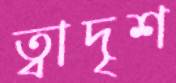
ত্বাদৃশ